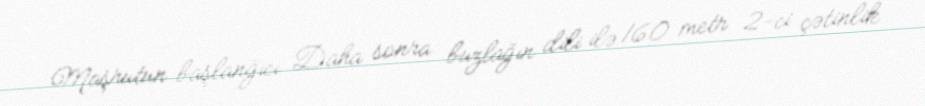
Maşrutun başlanğıcı Daha sonra buzlağın dili ilə 160 metr 2-ci çətinlik